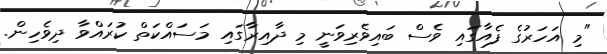
"މި އަހަރުގެ ފެއާގައި ވެސް ބައިވެރިވަނީ މި ދާއިރާގައި މަސައްކަތް ކުރައްވާ ދިވެހިން.